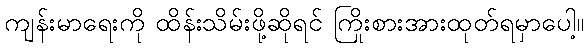
ကျန်းမာရေးကို ထိန်းသိမ်းဖို့ဆိုရင် ကြိုးစားအားထုတ်ရမှာပေါ့။